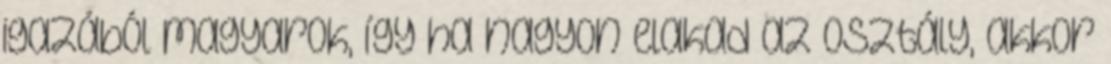
igazából magyarok, így ha nagyon elakad az osztály, akkor